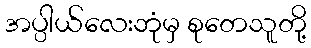
အပ္ပါယ်လေးဘုံမှ စုတေသူတို့